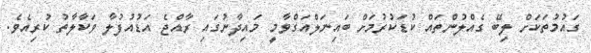
ގައުމުތަކަށް ލިބޭ ގެއްލުންތައް ކުޑަކުރުމަށް ބައިނަލްއަގްވާމީ މައިދާނުގައި ރާއްޖެ އަޑުއުފުލާ ވަކާލާތު ކުރިއެވެ.